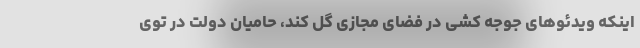
اینکه ویدئو‌های جوجه کشی در فضای مجازی گل کند، حامیان دولت در توی